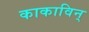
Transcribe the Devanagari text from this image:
काकाविन्